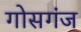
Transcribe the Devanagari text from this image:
गोसगंज